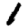
Digit: 1